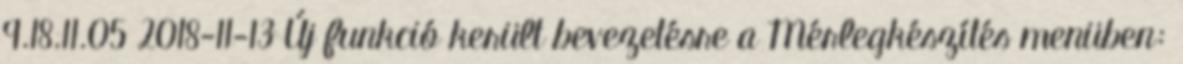
9.18.11.05 2018-11-13 Új funkció került bevezetésre a Mérlegkészítés menüben: